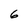
Character: 6